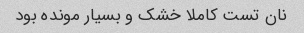
نان تست کاملا خشک و بسیار مونده بود